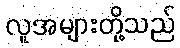
လူအများတို့သည်